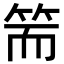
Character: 𥬵